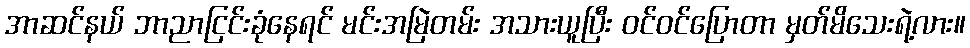
အာဆင်နယ် ဘာညာငြင်းခုံနေရင် မင်းအမြဲတမ်း အသားယူပြီး ဝင်ဝင်ပြောတာ မှတ်မိသေးရဲ့လား။